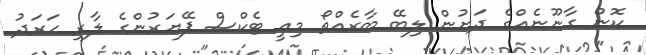
ކޮން ގާނޫނެއްގެ ދަށުން ލިބޭ ބާރެއްތޯ މިއީ ޓެކްސް ޕޭޔަރުންގެ ލާރި ޙަރަދު